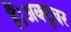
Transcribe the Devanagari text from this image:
हैं।अक्टूबर